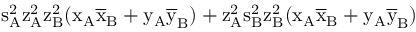
\mathrm { s _ { A } ^ { 2 } \mathrm { z _ { A } ^ { 2 } \mathrm { z _ { B } ^ { 2 } ( \mathrm { x _ { A } \mathrm { \overline { { x } } _ { B } + \mathrm { y _ { A } \mathrm { \overline { { y } } _ { B } ) + \mathrm { z _ { A } ^ { 2 } \mathrm { s _ { B } ^ { 2 } \mathrm { z _ { B } ^ { 2 } ( \mathrm { x _ { A } \mathrm { \overline { { x } } _ { B } + \mathrm { y _ { A } \mathrm { \overline { { y } } _ { B } ) } } } } } } } } } } } } } }